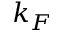
k _ { F }